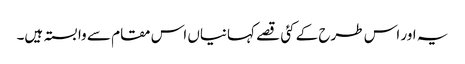
یہ اور اس طرح کے کئی قصے کہانیاں اس مقام سے وابستہ ہیں۔